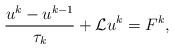
LaTeX: \begin{align*}\frac{ u^k-u^{k-1}}{\tau_k} +\mathcal{L}u^k = F^k,\end{align*}